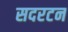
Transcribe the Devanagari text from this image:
सदरटन